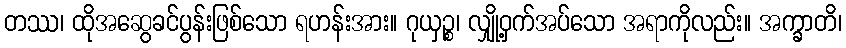
တဿ၊ ထိုအဆွေခင်ပွန်းဖြစ်သော ရဟန်းအား။ ဂုယှဉ္စ၊ လျှို့ဝှက်အပ်သော အရာကိုလည်း။ အက္ခာတိ၊